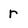
Character: r